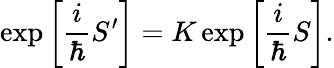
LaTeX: \exp\left[\frac{i}{\hbar}S^{\prime}\right]=K\exp\left[\frac{i}{\hbar}S\right].